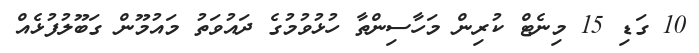
10 ގަޑި 15 މިނެޓް ކުރިން މަހާސިންތާ ހުޅުވުމުގެ ދައުވަތު މައުމޫން ގަބޫލުފުޅެއް